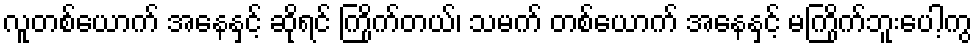
လူတစ်ယောက် အနေနှင့် ဆိုရင် ကြိုက်တယ်၊ သမက် တစ်ယောက် အနေနှင့် မကြိုက်ဘူးပေါ့ကွ